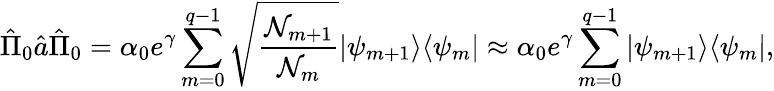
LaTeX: \hat{\Pi}_{0}\hat{a}\hat{\Pi}_{0}=\alpha_{0}e^{\gamma}\sum_{m=0}^{q-1}\sqrt{\frac{{\cal N}_{m+1}}{{\cal N}_{m}}}|\psi_{m+1}\rangle\langle\psi_{m}|\approx\alpha_{0}e^{\gamma}\sum_{m=0}^{q-1}|\psi_{m+1}\rangle\langle\psi_{m}|,